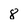
Character: 8